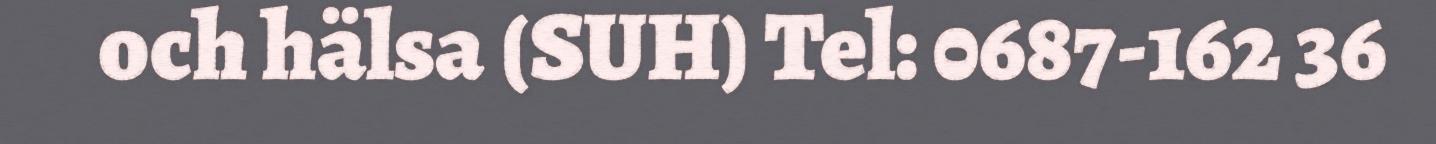
och hälsa (SUH) Tel: 0687-162 36